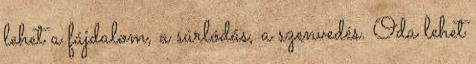
lehet a fájdalom, a súrlódás, a szenvedés. Oda lehet